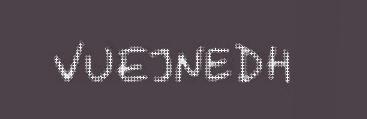
VUEJNEDH